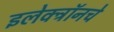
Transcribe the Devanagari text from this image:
इलेक्ट्रॉनचे